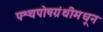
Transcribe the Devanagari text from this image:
पश्चपोषग्रंथीमधून